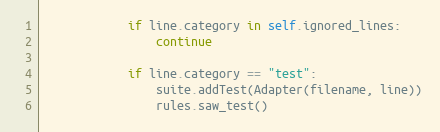
Language: Python
            if line.category in self.ignored_lines:
                continue

            if line.category == "test":
                suite.addTest(Adapter(filename, line))
                rules.saw_test()